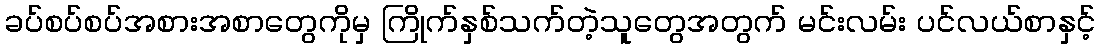
ခပ်စပ်စပ်အစားအစာတွေကိုမှ ကြိုက်နှစ်သက်တဲ့သူတွေအတွက် မင်းလမ်း ပင်လယ်စာနှင့်